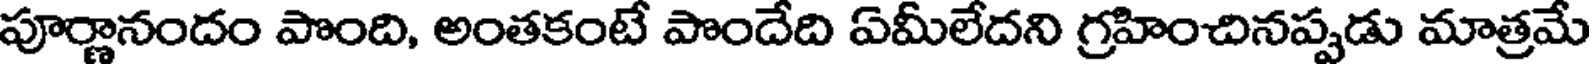
పూర్ణానందం పొంది, అంతకంటే పొందేది వమీలేదని గ్రహించినప్పడు మాత్రమే